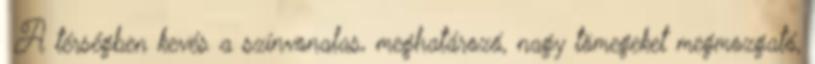
▪A térségben kevés a színvonalas, meghatározó, nagy tömegeket megmozgató,